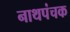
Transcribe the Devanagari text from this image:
नाथपंचक